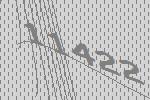
11422